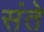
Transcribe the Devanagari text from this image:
संते